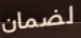
لضمان